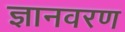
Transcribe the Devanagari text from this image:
ज्ञानवरण